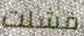
فشلت